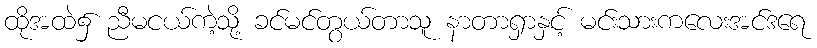
ထိုအထဲ၌ ညီမငယ်ကဲ့သို့ ခင်မင်တွယ်တာသူ နာတာရှာနှင့် မင်းသားကလေးအင်ဒရေ